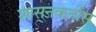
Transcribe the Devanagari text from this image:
शासनकर्तीस